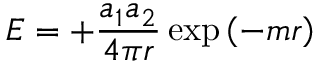
E = + { \frac { a _ { 1 } a _ { 2 } } { 4 \pi r } } \exp \left( - m r \right)